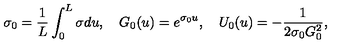
\sigma _ { 0 } = \frac { 1 } { L } \int _ { 0 } ^ { L } \sigma d u , \quad G _ { 0 } ( u ) = e ^ { \sigma _ { 0 } u } , \quad U _ { 0 } ( u ) = - \frac { 1 } { 2 \sigma _ { 0 } G _ { 0 } ^ { 2 } } ,